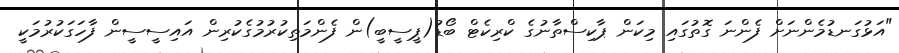
"އަޅުގަނޑުމެންނަށް ފެންނަ ގޮތުގައި މިކަން ޕާކިސްތާނުގެ ކްރިކެޓް ބޯޑު(ޕީސީބީ)ން ފެންމަތިކުރުމުގެކުރިން އައިސީސީން ފާހަގަކުރުމަކީ